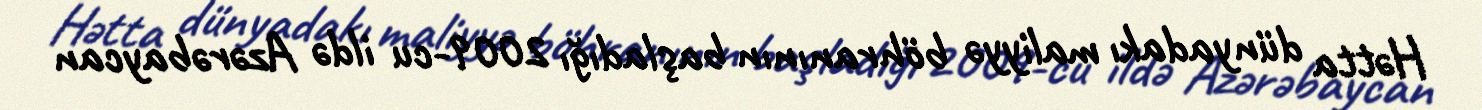
Hətta dünyadakı maliyyə böhranının başladığı 2009-cu ildə Azərəbaycan